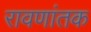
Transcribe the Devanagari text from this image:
रावणांतक